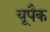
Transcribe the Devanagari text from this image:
यूपैक